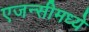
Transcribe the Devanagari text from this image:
एजन्सीमध्ये